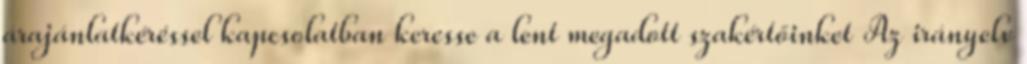
árajánlatkéréssel kapcsolatban keresse a lent megadott szakértőinket Az irányelv